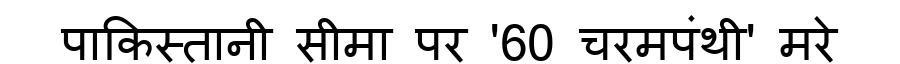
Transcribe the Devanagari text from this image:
पाकिस्तानी सीमा पर '60 चरमपंथी' मरे